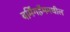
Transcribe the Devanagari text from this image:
बर्मिंगहॅममधील